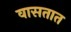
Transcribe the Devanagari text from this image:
वासतात